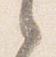
之